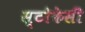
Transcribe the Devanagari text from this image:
स्टोकेसी